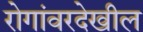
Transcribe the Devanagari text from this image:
रोगांवरदेखील